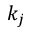
k _ { j }